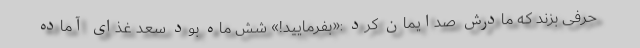
حرفی بزند که مادرش صدایمان کرد :«بفرمایید!» شش ماه بود سعد غذای آماده